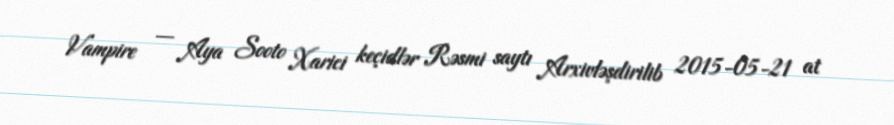
Vampire — Aya Sooto Xarici keçidlər Rəsmi saytı Arxivləşdirilib 2015-05-21 at